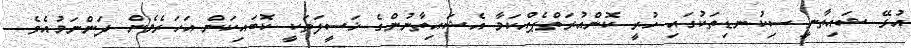
އުޅޭ ޝައިތާނީ ސިކުނޑިތަކުގައި ހުރީ ކޮންއުރަތްޕެއްކަމާ އެޝައިތާނުންގެ ޚަސީލަތަކީ ކޮބައިކަން އަހަރެމެން ދަންނަމުއެވެ.